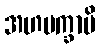
အဟမက္ခာမိ